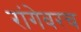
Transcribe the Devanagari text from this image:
रांगेवरच